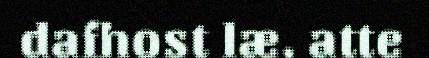
dafhost læ, atte